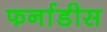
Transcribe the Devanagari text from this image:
फर्नाडीस